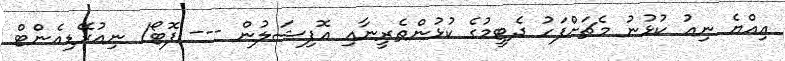
އިއްޔެ ނިއު ކުޅުނު މެޗަށްފަހު ދެޓީމުގެ ކުޅުންތެރީނާއި އޮފިޝަލުން --- ފޮޓޯ/ ނިއުރޭޑިއެންޓް